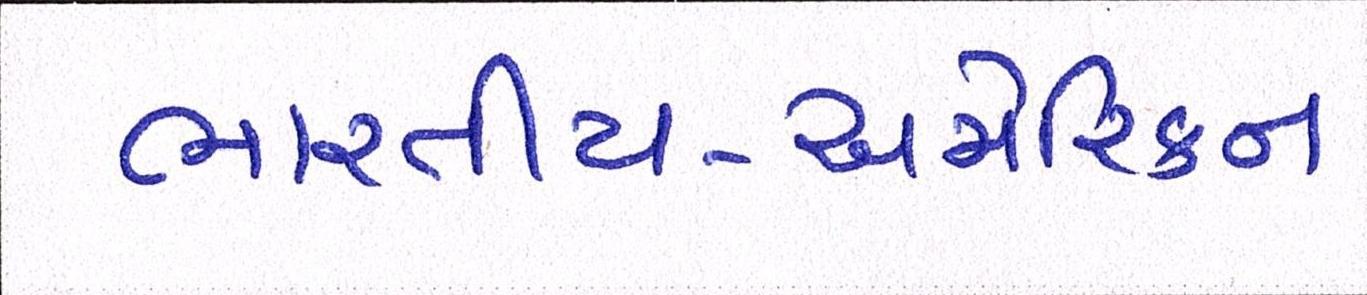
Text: ભારતીય-અમેરિકન